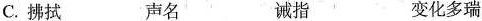
C.拂拭 声名 诫指 变化多瑞